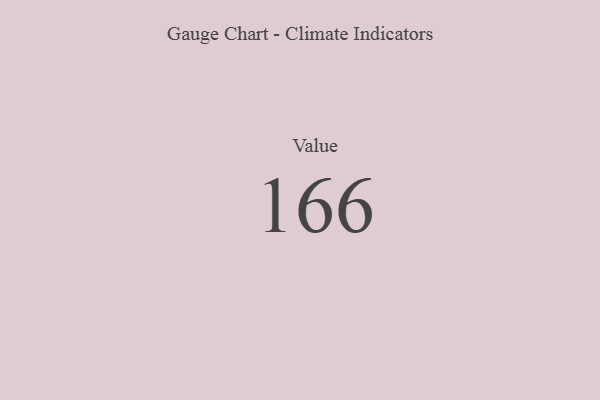
{"axis": {"x": "Metric", "y": "Value"}, "legend": [""], "data": [{"x": "Value", "y": 166, "type": ""}]}